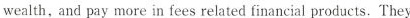
wealth, and pay more in fees related financial products. They